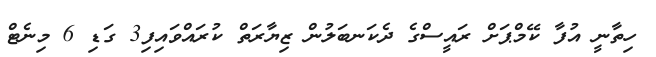
ހިތާނީ އުފާ ކޭމްޕަށް ރައީސްގެ ދެކަނބަލުން ޒިޔާރަތް ކުރައްވައިފި3 ގަޑި 6 މިނެޓް